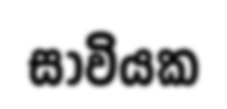
සාවියක